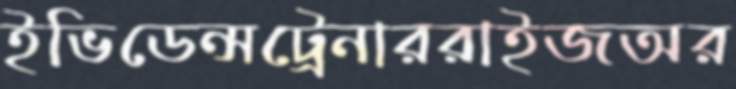
ইভিডেন্সট্রেনাররাইজঅর